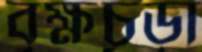
বৃক্ষচূড়া